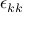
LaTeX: \epsilon _ { k k }